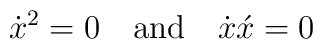
\dot{x}^2=0 \quad\mbox{and}\quad\dot{x}\acute{x} =0